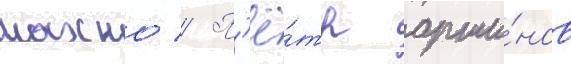
махно // П'ё́тр арши́нов